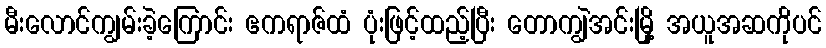
မီးလောင်ကျွမ်းခဲ့ကြောင်း ဧကရာဇ်ထံ ပုံးဖြင့်ထည့်ပြီး တောကျွဲအင်းမြို့ အယူအဆကိုပင်